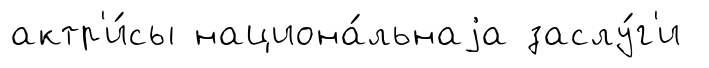
актр'и́сы национа́льнаjа заслу́г'и